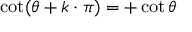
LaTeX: \cot ( \theta + k \cdot \pi ) = + \cot \theta